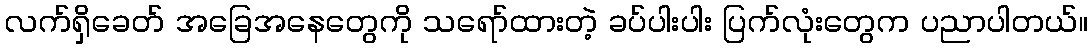
လက်ရှိခေတ် အခြေအနေတွေကို သရော်ထားတဲ့ ခပ်ပါးပါး ပြက်လုံးတွေက ပညာပါတယ်။